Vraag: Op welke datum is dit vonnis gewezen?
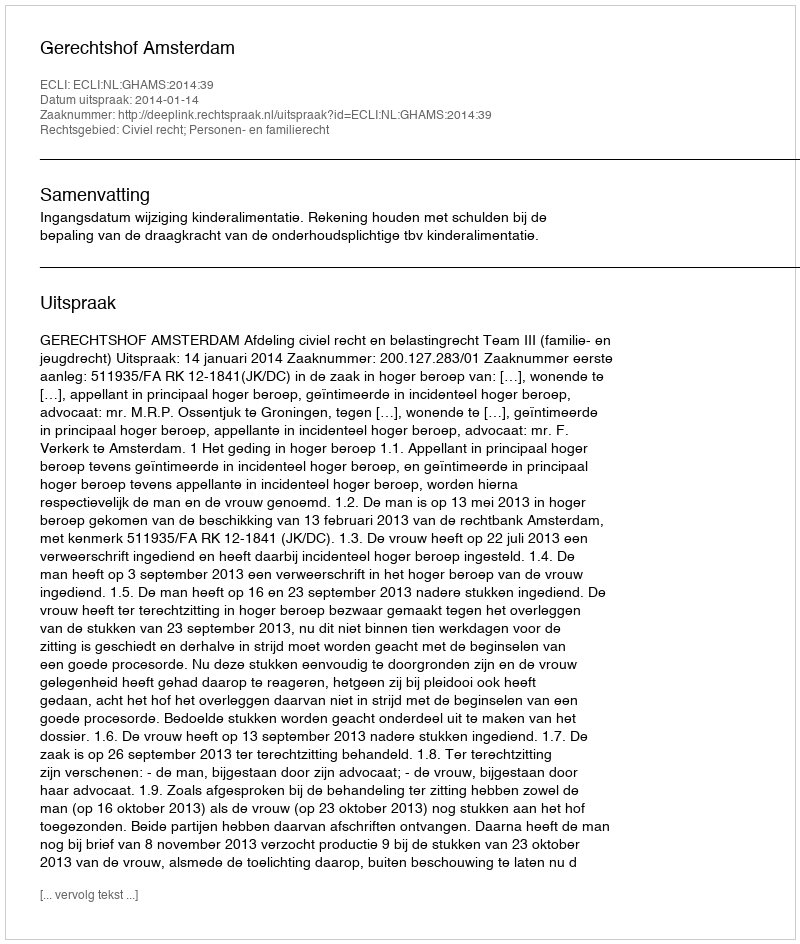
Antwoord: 2014-01-14